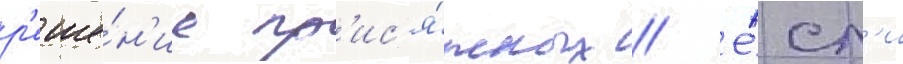
р'еше́н'ие пр'ис'я́жных // Е́сл'и